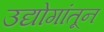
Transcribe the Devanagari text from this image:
उद्योगांतून